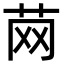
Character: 䒽